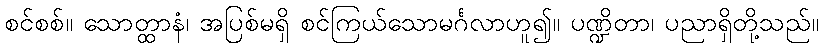
စင်စစ်။ သောတ္ထာနံ၊ အပြစ်မရှိ စင်ကြယ်သောမင်္ဂလာဟူ၍။ ပဏ္ဍိတာ၊ ပညာရှိတို့သည်။